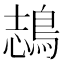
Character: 𪁓